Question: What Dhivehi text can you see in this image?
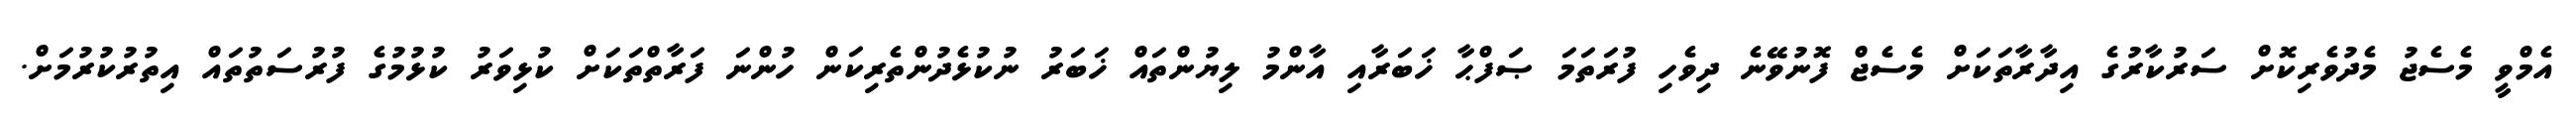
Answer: އެމްވީ މެސެޖު މެދުވެރިކޮށް ސަރުކާރުގެ އިދާރާތަކަށް މެސެޖް ފޮނުވޭނެ ދިވެހި ފުރަތަމަ ޞަފްޙާ ޚަބަރާއި އާންމު ލިޔުންތައް ޚަބަރު ނުކުޅެދުންތެރިކަން ހުންނަ ފަރާތްތަކަށް ކުޅިވަރު ކުޅުމުގެ ފުރުސަތުތައް އިތުރުކުރުމަށް.